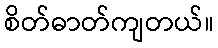
စိတ်ဓာတ်ကျတယ်။